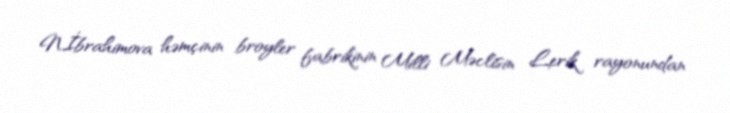
N.İbrahimova həmçinin broyler fabrikinin Milli Məclisin Lerik rayonundan